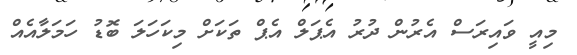
މިއީ ވައިރަސް އެރުން ދުރު އެޕަލް އެޕް ތަކަށް މިކަހަލަ ބޮޑު ހަމަލާއެއް